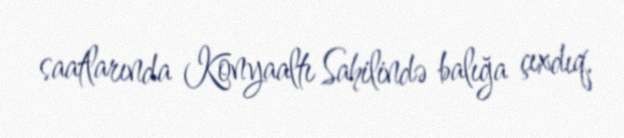
saatlarında Konyaaltı Sahilində balığa çıxdıq.